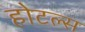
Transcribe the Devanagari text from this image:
होटल्‍स